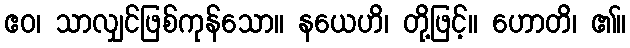
ဧဝ၊ သာလျှင်ဖြစ်ကုန်သော။ နယေဟိ၊ တို့ဖြင့်။ ဟောတိ၊ ၏။